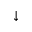
\downarrow